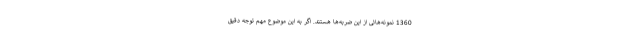
1360 نمونه‌هائی از این ضربه‌ها هستند. اگر به این موضوع مهم توجه دقیق